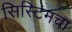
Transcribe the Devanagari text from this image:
सिस्टिमचा